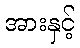
အားနှင့်